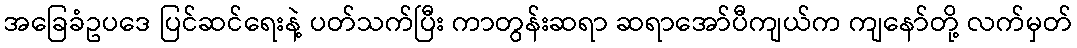
အခြေခံဥပဒေ ပြင်ဆင်ရေးနဲ့ ပတ်သက်ပြီး ကာတွန်းဆရာ ဆရာအော်ပီကျယ်က ကျနော်တို့ လက်မှတ်